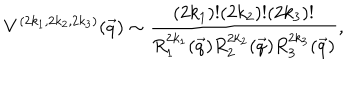
V ^ { ( 2 k _ { 1 } , 2 k _ { 2 } , 2 k _ { 3 } ) } ( \vec { q } ) \sim \frac { ( 2 k _ { 1 } ) ! ( 2 k _ { 2 } ) ! ( 2 k _ { 3 } ) ! } { R _ { 1 } ^ { 2 k _ { 1 } } ( \vec { q } ) R _ { 2 } ^ { 2 k _ { 2 } } ( \vec { q } ) R _ { 3 } ^ { 2 k _ { 3 } } ( \vec { q } ) } ,